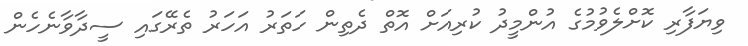
ވިޔަފާރި ކޮށްލެވުމުގެ އުންމީދު ކުރިއަށް އޮތް ދެތިން ހަތަރު އަހަރު ތެރޭގައި ސީދާވާނެހެން